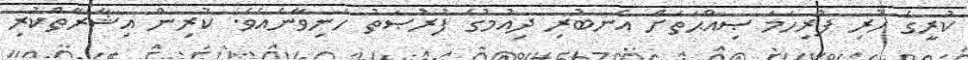
ކުރީގެ ހުރި ފުރިހަމަ ޞިއްޙަތަށް އެނބުރި ދިއުމުގެ ފުރުޞަތު ހަނިވާނެއެވެ. ކުރިން އިޝާރާތްކުރި